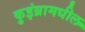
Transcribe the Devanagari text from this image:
कुइंब्रामधील